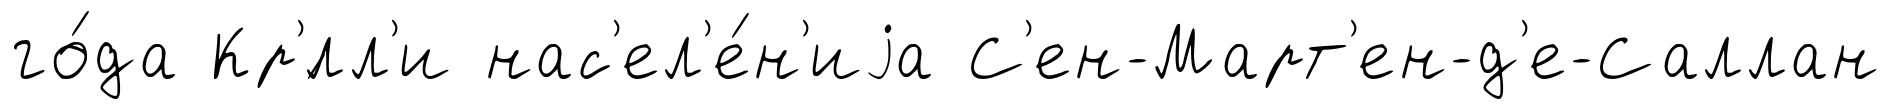
го́да Кр'́лл'и нас'ел'е́н'иjа С'ен-Март'ен-д'е-Саллан